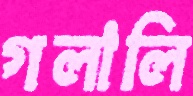
গলালি